画像に写った文字を読んでください
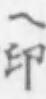
「へ印」と書いてあります